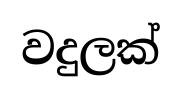
වදුලක්